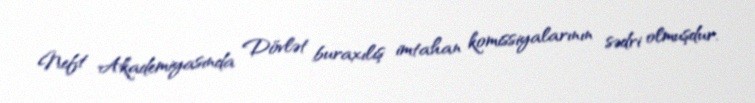
Neft Akademiyasında Dövlət buraxılış imtahan komissiyalarının sədri olmuşdur.